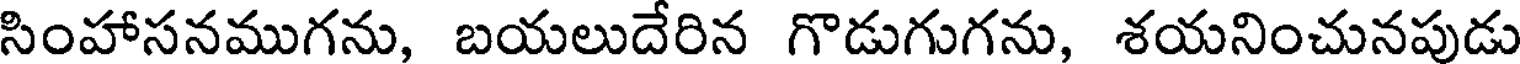
సింహాసనముగను, బయలుదేరిన గొడుగుగను, శయనించునపుడు